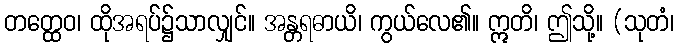
တတ္ထေဝ၊ ထိုအရပ်၌သာလျှင်။ အန္တရဓာယိ၊ ကွယ်လေ၏။ ဣတိ၊ ဤသို့။ (သုတံ၊